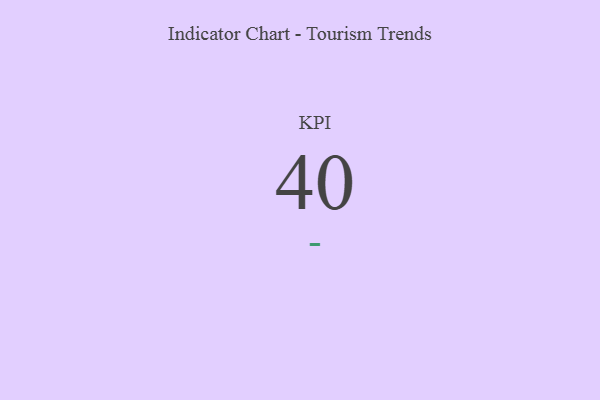
{"axis": {"x": "KPI", "y": "Value"}, "legend": [""], "data": [{"x": "KPI", "y": 40, "type": ""}]}